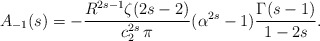
\begin{align*}A_{-1}(s)=-\frac{R^{2 s-1}\zeta(2s-2)}{c^{2s}_2\,\pi}(\alpha^{2 s}-1)\frac{\Gamma(s-1)}{1-2s}.\end{align*}